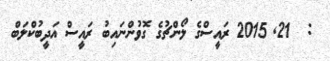
:  21